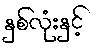
နှစ်လုံးနှင့်